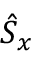
\hat { S } _ { x }